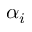
\alpha _ { i }